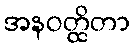
အနဝတ္ထိတာ